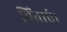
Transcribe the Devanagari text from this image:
चिंताएं।